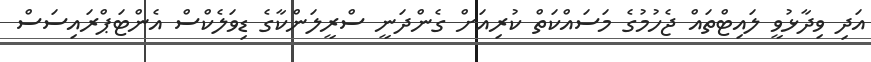
އަދި ވިދާޅުވީ ލައިޓްތައް ޖެހުމުގެ މަސައްކަތް ކުރިއަށް ގެންދަނީ ސްރީލަންކާގެ ޑިވަލެކްސް އެންޓަޕްރައިސަސް